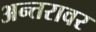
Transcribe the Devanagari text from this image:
अन्तरावर